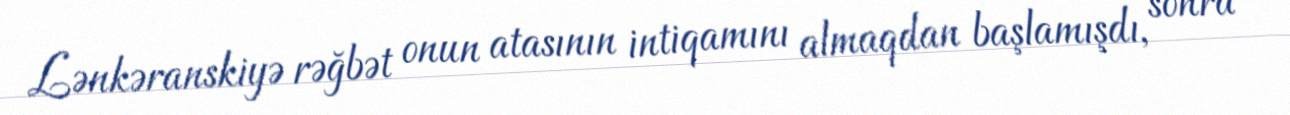
Lənkəranskiyə rəğbət onun atasının intiqamını almaqdan başlamışdı, sonra